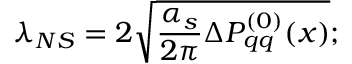
\lambda _ { N S } = 2 \sqrt { \frac { \alpha _ { s } } { 2 \pi } \Delta P _ { q q } ^ { ( 0 ) } ( x ) } ;